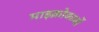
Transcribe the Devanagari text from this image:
माइक्रोकार्बो